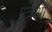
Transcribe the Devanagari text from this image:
पत्रओ